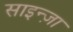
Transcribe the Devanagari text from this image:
साइन्ज़ा